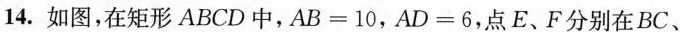
14.如图，在矩形ABCD中，$$A B = 1 0$$，$$A D = 6$$，点E、F分别在BC、